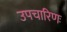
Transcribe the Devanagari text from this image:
उपचारिणः